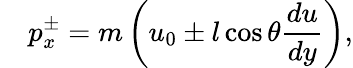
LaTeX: \quad p_{x}^{\pm}=m\left(u_{0}\pm l\cos\theta{\frac{du}{dy}}\right),